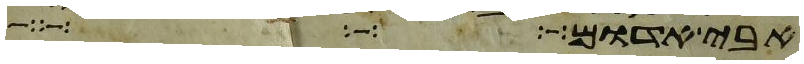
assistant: אבי אדום